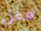
فعل